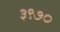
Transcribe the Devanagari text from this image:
३९७०